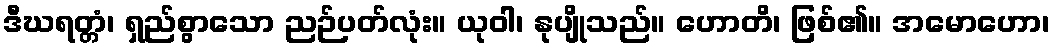
ဒီဃရတ္တံ၊ ရှည်စွာသော ညဉ်ပတ်လုံး။ ယုဝါ၊ နုပျိုသည်။ ဟောတိ၊ ဖြစ်၏။ အမောဟော၊